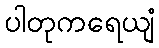
ပါတုကရေယျံ